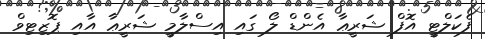
ފެކަލްޓީ އޮފް ޝަރީޢާ އެންޑް ލޯ ގައި އިސްލާމީ ޝަރީޢާ އާއި ޕޮޒިޓިވް